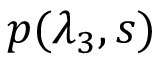
p ( \lambda _ { 3 } , s )